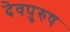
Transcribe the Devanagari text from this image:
देवपुरुष